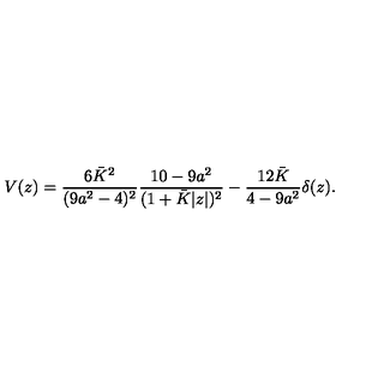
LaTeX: V ( z ) = { \frac { 6 \bar { K } ^ { 2 } } { ( 9 a ^ { 2 } - 4 ) ^ { 2 } } } { \frac { 1 0 - 9 a ^ { 2 } } { ( 1 + \bar { K } | z | ) ^ { 2 } } } - { \frac { 1 2 \bar { K } } { 4 - 9 a ^ { 2 } } } \delta ( z ) .